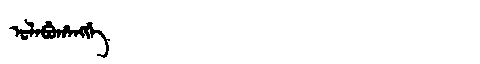
Manchu: ᡠᠯᠠᠪᡠᡥᠠᠩᡤᡝ
Romanization: ULABUHANGGE